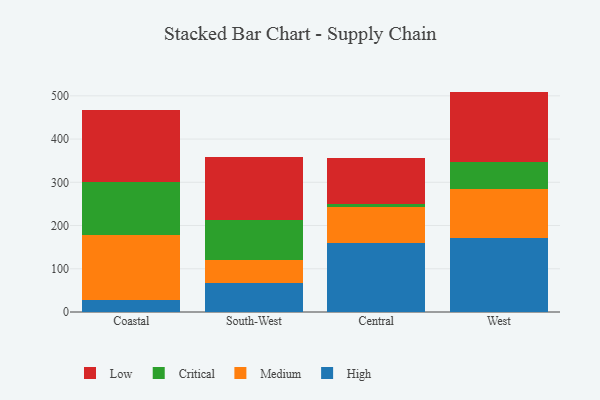
{"axis": {"x": "Region", "y": "Humidity (%)"}, "legend": ["Critical", "High", "Low", "Medium"], "data": [{"x": "Coastal", "y": 28.9, "type": "High"}, {"x": "Coastal", "y": 148.4, "type": "Medium"}, {"x": "Coastal", "y": 124.3, "type": "Critical"}, {"x": "Coastal", "y": 165.6, "type": "Low"}, {"x": "South-West", "y": 66.6, "type": "High"}, {"x": "South-West", "y": 54.7, "type": "Medium"}, {"x": "South-West", "y": 90.7, "type": "Critical"}, {"x": "South-West", "y": 145.9, "type": "Low"}, {"x": "Central", "y": 160.5, "type": "High"}, {"x": "Central", "y": 82.9, "type": "Medium"}, {"x": "Central", "y": 6.8, "type": "Critical"}, {"x": "Central", "y": 105.9, "type": "Low"}, {"x": "West", "y": 170.9, "type": "High"}, {"x": "West", "y": 113.4, "type": "Medium"}, {"x": "West", "y": 63.8, "type": "Critical"}, {"x": "West", "y": 161.7, "type": "Low"}]}